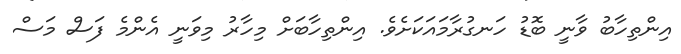
އިންތިހާބު ވާނީ ބޮޑު ހަނގުރާމައަކަށެވެ. އިންތިހާބަށް މިހާރު މިވަނީ އެންމެ ފަސް މަސް